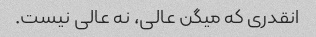
انقدری که میگن عالی، نه عالی نیست.